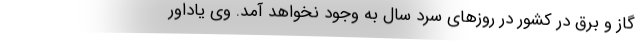
گاز و برق در کشور در روزهای سرد سال به وجود نخواهد آمد. وی یاداور